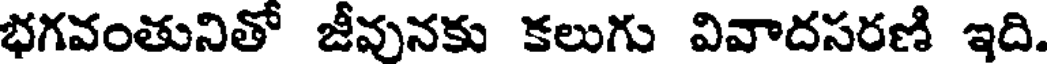
భగవంతునితో జీవునకు కలుగు వివాదసరణి ఇది.